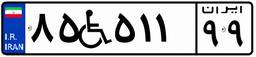
۸۵W۵۱۱۹۹